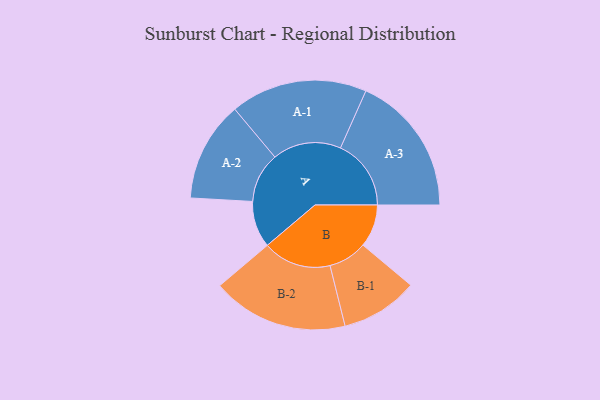
{"axis": {"x": "Segment", "y": "Value"}, "legend": ["", "A", "B"], "data": [{"x": "A", "y": 195, "type": ""}, {"x": "B", "y": 179, "type": ""}, {"x": "A-1", "y": 287, "type": "A"}, {"x": "A-2", "y": 210, "type": "A"}, {"x": "A-3", "y": 296, "type": "A"}, {"x": "B-1", "y": 162, "type": "B"}, {"x": "B-2", "y": 286, "type": "B"}]}